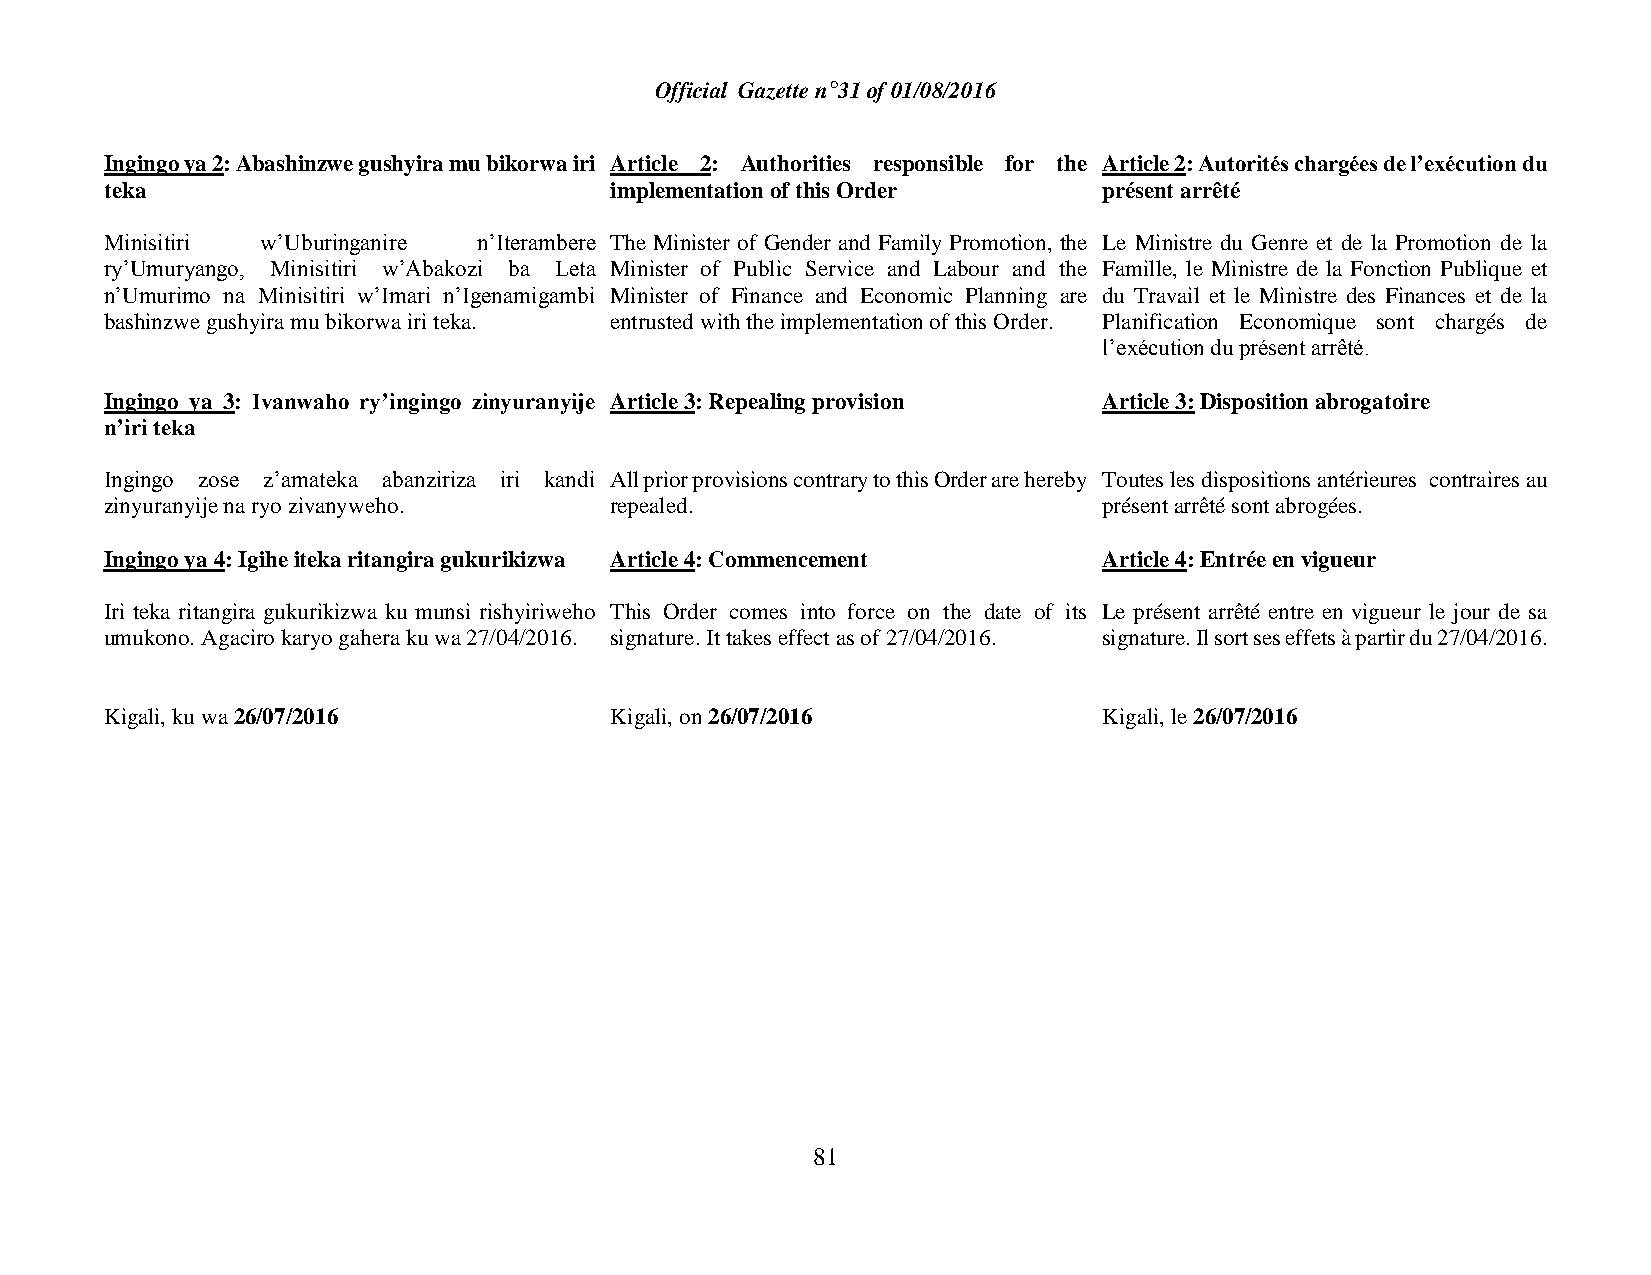
Official Gazette n°31 of 01/08/2016
 Ingingo ya 2: Abashinzwe gushyira mu bikorwa iri Article 2: Authorities responsible for the Article 2: Autorités chargées de l’exécution du
 teka                             implementation of this Order     présent arrêté
 Minisitiri w’Uburinganire n’Iterambere The Minister of Gender and Family Promotion, the Le Ministre du Genre et de la Promotion de la
 ry’Umuryango, Minisitiri w’Abakozi ba Leta Minister of Public Service and Labour and the Famille, le Ministre de la Fonction Publique et
 n’Umurimo na Minisitiri w’Imari n’Igenamigambi Minister of Finance and Economic Planning are du Travail et le Ministre des Finances et de la
 bashinzwe gushyira mu bikorwa iri teka. entrusted with the implementation of this Order. Planification Economique sont chargés de
 l’exécution du présent arrêté.
 Ingingo ya 3: Ivanwaho ry’ingingo zinyuranyije Article 3: Repealing provision Article 3: Disposition abrogatoire
 n’iri teka
 Ingingo zose z’amateka abanziriza iri kandi All prior provisions contrary to this Order are hereby Toutes les dispositions antérieures contraires au
 zinyuranyije na ryo zivanyweho.  repealed.                        présent arrêté sont abrogées.
 Ingingo ya 4: Igihe iteka ritangira gukurikizwa Article 4: Commencement Article 4: Entrée en vigueur
 Iri teka ritangira gukurikizwa ku munsi rishyiriweho This Order comes into force on the date of its Le présent arrêté entre en vigueur le jour de sa
 umukono. Agaciro karyo gahera ku wa 27/04/2016. signature. It takes effect as of 27/04/2016. signature. Il sort ses effets à partir du 27/04/2016.
 Kigali, ku wa 26/07/2016         Kigali, on 26/07/2016            Kigali, le 26/07/2016
 81